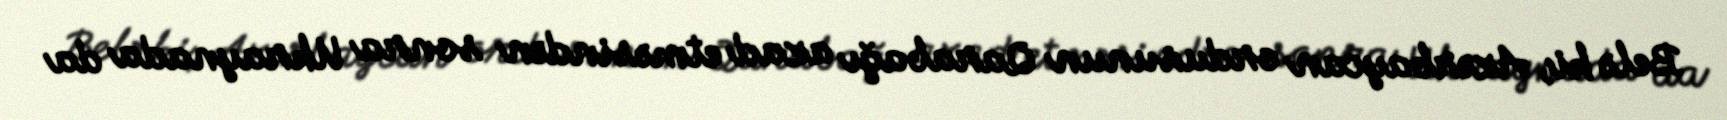
Belə ki, Azərbaycan ordusunun Qarabağı azad etməsindən sonra Ukraynada da